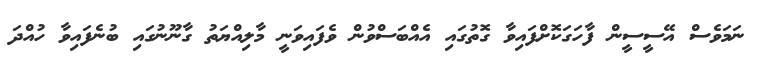
ނަމަވެސް އޭސީސީން ފާހަގަކޮށްފައިވާ ގޮތުގައި އެއްބަސްވުން ވެފައިވަނީ މާލިއްޔަތު ގާނޫނުގައި ބުނެފައިވާ ހުއްދަ